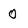
Character: 0